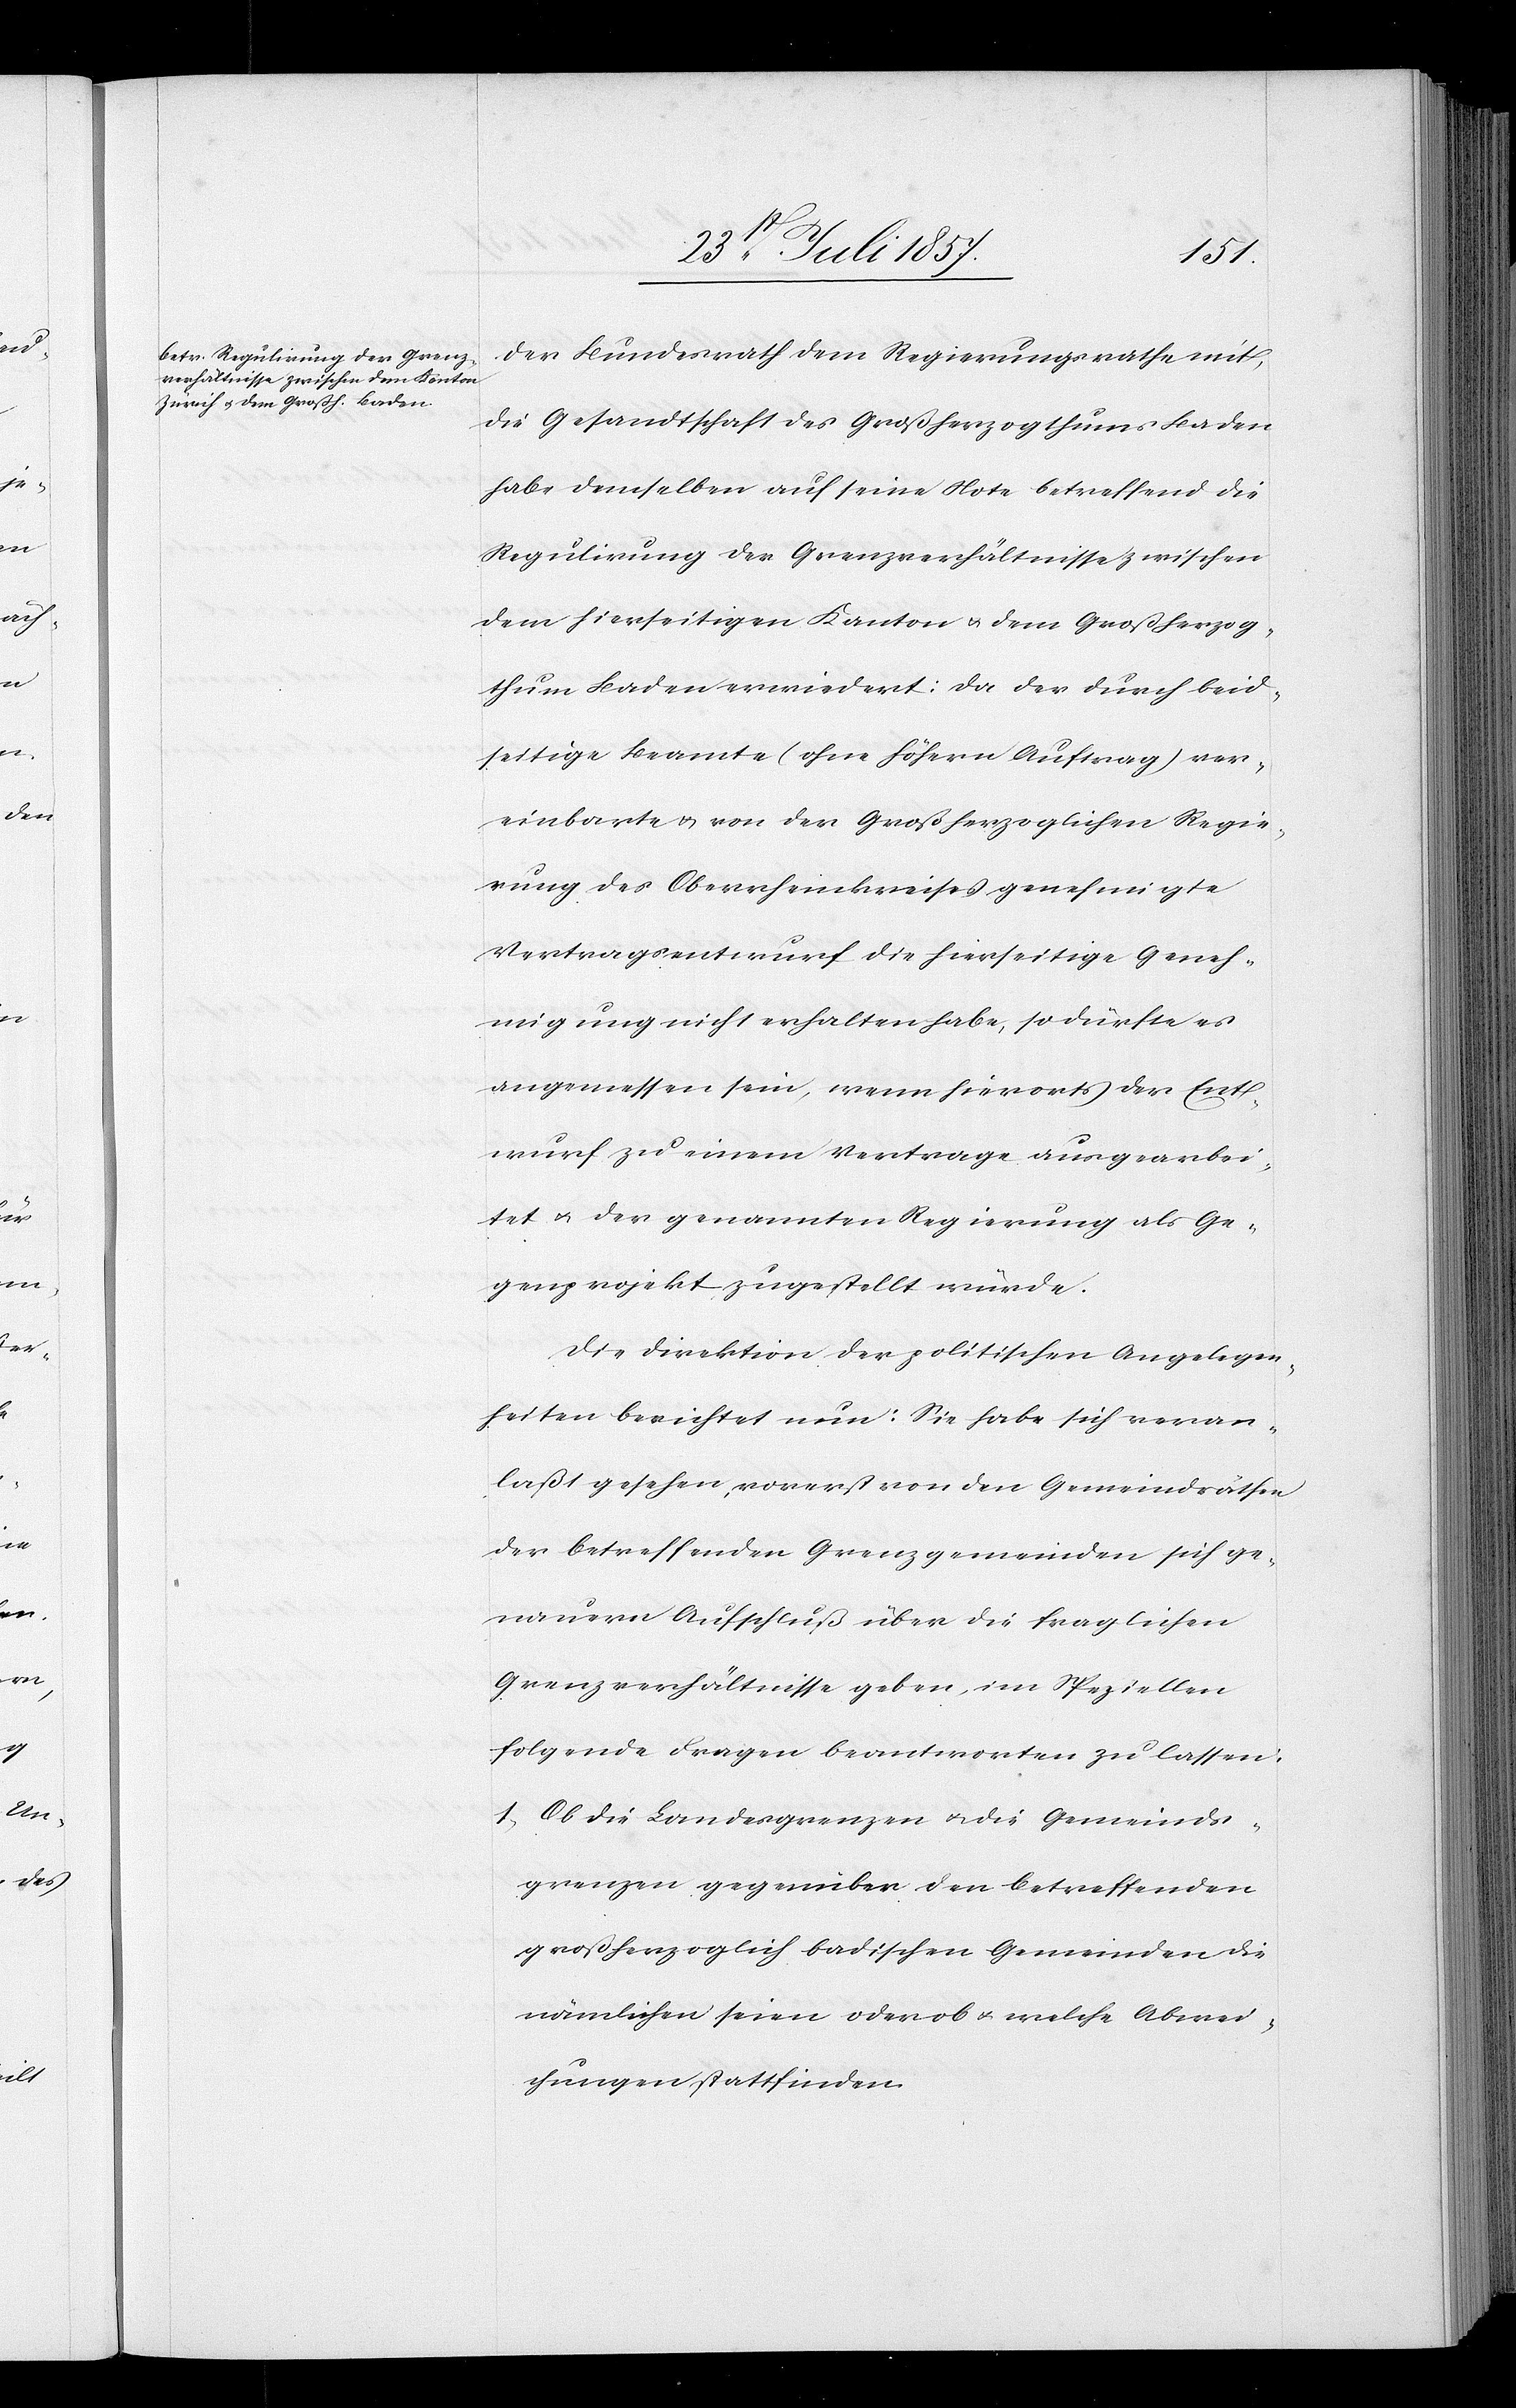
der Bundesrath dem Regierungsrathe mit,
die Gesandtschaft des Großherzogthums Baden
habe demselben auf seine Note betreffend die
Regulirung der Grenzverhältnisse zwischen
dem hierseitigen Kanton & dem Großherzog¬
thum Baden erwiedert: da der durch beid¬
seitige Beamte (ohne höhern Auftrag) ver¬
einbarte & von der Großherzoglichen Regie¬
rung des Oberrheinkreises genehmigte
Vertragsentwurf die hierseitige Geneh¬
migung nicht erhalten habe, so dürfte es
angemessen sein, wenn hierorts der Ent¬
wurf zu einem Vertrage ausgearbei¬
tet & der genannten Regierung als Ge¬
genprojekt zugestellt würde.
Die Direktion der politischen Angelegen¬
heiten berichtet nun: Sie habe sich veran¬
laßt gesehen, vorerst von den Gemeindräthen
der betreffenden Grenzgemeinden sich ge¬
nauern Aufschluß über die fraglichen
Grenzverhältnisse geben, im Speziellen
folgende Frage beantworten zu lassen:
1) Ob die Landesgrenzen & die Gemeinds¬
grenzen gegenüber den betreffenden
großherzoglich badischen Gemeinden die
nämlichen seien oder ob & welche Abwei¬
chungen stattfinden.